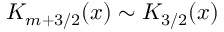
K _ { m + 3 / 2 } ( x ) \sim K _ { 3 / 2 } ( x )